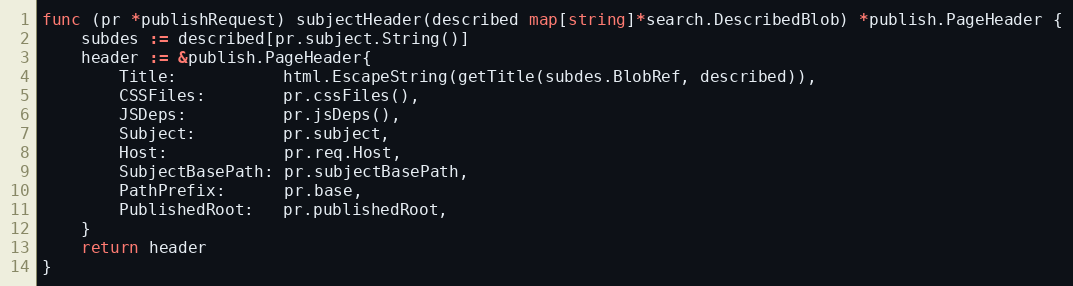
Language: Go
func (pr *publishRequest) subjectHeader(described map[string]*search.DescribedBlob) *publish.PageHeader {
	subdes := described[pr.subject.String()]
	header := &publish.PageHeader{
		Title:           html.EscapeString(getTitle(subdes.BlobRef, described)),
		CSSFiles:        pr.cssFiles(),
		JSDeps:          pr.jsDeps(),
		Subject:         pr.subject,
		Host:            pr.req.Host,
		SubjectBasePath: pr.subjectBasePath,
		PathPrefix:      pr.base,
		PublishedRoot:   pr.publishedRoot,
	}
	return header
}